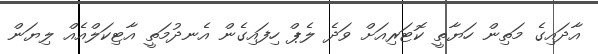
އާދައިގެ މަތިން ހަޔާތީ ކޮޓަރިއަށް ވަދެ ލެޕް ހިފައިގެން އެނދުމަތީ އާޓިކަލްއެއް ލިޔަން